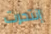
إنتحرت